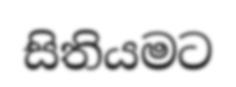
සිතියමට